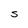
Character: S